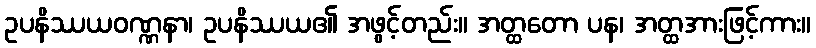
ဥပနိဿယဝဏ္ဏနာ၊ ဥပနိဿယ၏ အဖွင့်တည်း။ အတ္ထတော ပန၊ အတ္ထအားဖြင့်ကား။